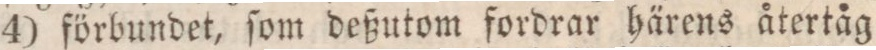
4) förbundet, ſom deßutom fordrar härens återtåg